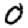
Digit: 0